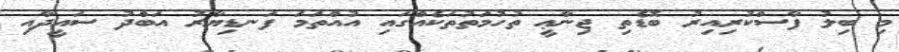
މި ބިލު ފާސްކުރިއިރު ބޮޑެތި ޖިނާޢީ ތުހުމަތުތަކެއްގައި އުއްތަމަ ފަނޑިޔާރު އަބްދު ސައީދާއި